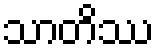
သာတိဿ